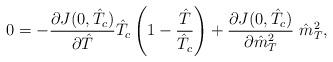
LaTeX: \begin{align*}0 = -\frac{\partial J(0, \hat{T}_c)}{\partial \hat{T}} \hat{T}_c \left(1 - \frac{\hat{T}}{\hat{T}_c} \right) + \frac{\partial J(0, \hat{T}_c)}{\partial \hat{m}^2_T}~\hat{m}^2_T,\end{align*}